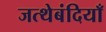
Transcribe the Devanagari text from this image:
जत्थेबंदियाँ